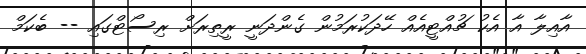
އާއިލާ އާ އެކު ޗުއްޓީއެއް ހޭދަކުރަމުން ގެންދަނީ ރީތިރަށް ރިސޯޓްގައި -- ބެކަމް